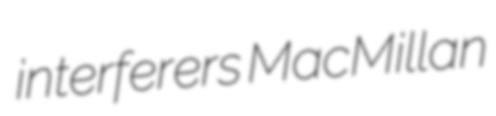
interferers MacMillan